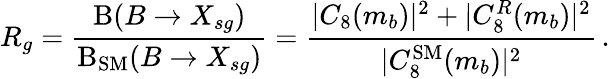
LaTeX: R_{g}=\frac{\mathrm{B}(B\to X_{sg})}{\mathrm{B}_{\mathrm{SM}}(B\to X_{sg})}=\frac{|C_{8}(m_{b})|^{2}+|C_{8}^{R}(m_{b})|^{2}}{|C_{8}^{\mathrm{SM}}(m_{b})|^{2}}\, .